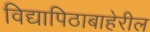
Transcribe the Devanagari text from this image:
विद्यापिठाबाहेरील